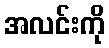
အလင်းကို